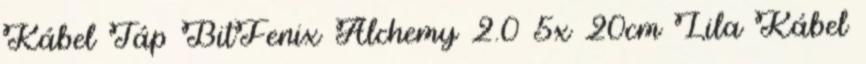
Kábel Táp BitFenix Alchemy 2.0 5x 20cm Lila Kábel